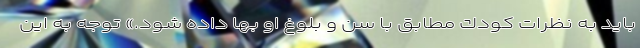
بايد به نظرات كودك مطابق با سن و بلوغ او بها داده شود.» توجه به اين